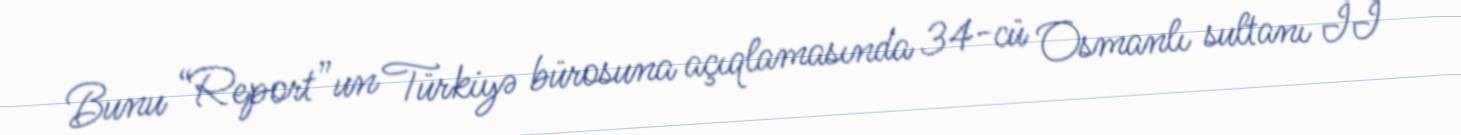
Bunu “Report”un Türkiyə bürosuna açıqlamasında 34-cü Osmanlı sultanı II